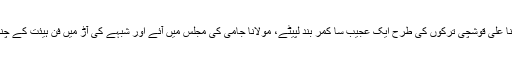
اپنے زمانہ قیام ہرات میں ایک دن مولانا علی قوشچی ترکوں کی طرح ایک عجیب سا کمر بند لپیٹے، مولانا جامی کی مجلس میں آئے اور شبہے کی آڑ میں فن ہیئت کے چند بے حد مشکل سوالات سامنے رکھے۔